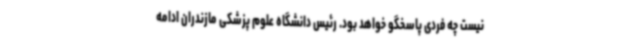
نیست چه فردی پاسخگو خواهد بود. رئیس دانشگاه علوم پزشکی مازندران ادامه